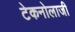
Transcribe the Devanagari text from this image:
टेकनोलाजी